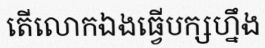
តើលោកឯងធ្វើបក្សហ្នឹង